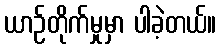
ယာဉ်တိုက်မှုမှာ ပါခဲ့တယ်။